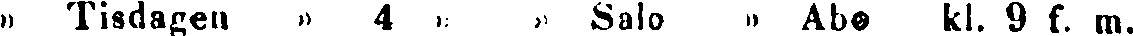
» Tisdagen » 4 » » Salo » Abo kl. 9 f. m.